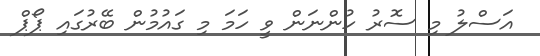
އަސްލު މި ސޮރު ހުންނަން ވީ ހަމަ މި ގައުމުން ބޭރުގައި ޕޯޕް